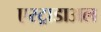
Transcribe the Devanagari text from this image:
एस्ट्राडाअल